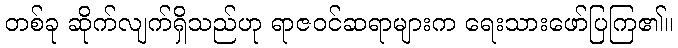
တစ်ခု ဆိုက်လျက်ရှိသည်ဟု ရာဇဝင်ဆရာများက ရေးသားဖော်ပြကြ၏။